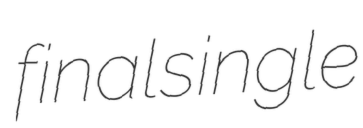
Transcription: final single